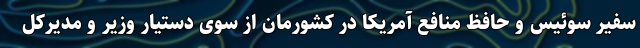
سفیر سوئیس و حافظ منافع آمریکا در کشورمان از سوی دستیار وزیر و مدیرکل